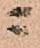
ニ